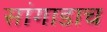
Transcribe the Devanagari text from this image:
सांगाडाच